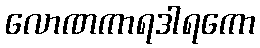
လောဏကာရဒါရကော